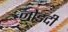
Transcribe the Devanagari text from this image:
नोडदी